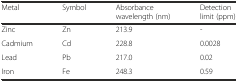
<table><thead><tr><td><b>Metal</b></td><td><b>Symbol</b></td><td><b>Absorbance wavelength (nm)</b></td><td><b>Detection limit (ppm)</b></td></tr></thead><tbody><tr><td>Zinc</td><td>Zn</td><td>213.9</td><td>-</td></tr><tr><td>Cadmium</td><td>Cd</td><td>228.8</td><td>0.0028</td></tr><tr><td>Lead</td><td>Pb</td><td>217.0</td><td>0.02</td></tr><tr><td>Iron</td><td>Fe</td><td>248.3</td><td>0.59</td></tr></tbody></table>